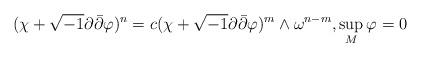
LaTeX: \begin{align*}(\chi + \sqrt{-1} \partial\bar\partial\varphi)^n = c (\chi + \sqrt{-1} \partial\bar\partial \varphi)^m \wedge \omega^{n - m},\sup_M \varphi = 0\end{align*}